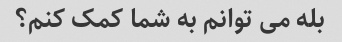
بله می توانم به شما کمک کنم؟